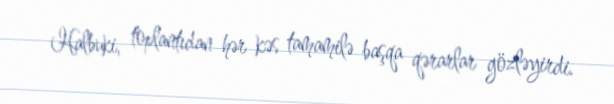
Halbuki, toplantıdan hər kəs tamamilə başqa qərarlar gözləyirdi.